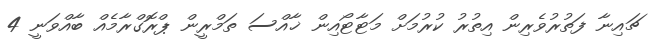
ޗައިނާ ފަތުރުވެރިން އިތުރު ކުރުމަށް މަޓާޓޯއިން ޚާއްސަ ތަމްރީން ޕްރޮގްރާމެއް ބާއްވަނީ 4